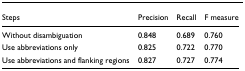
<table><thead><tr><td><b>Steps</b></td><td><b>Precision</b></td><td><b>Recall</b></td><td><b>F measure</b></td></tr></thead><tbody><tr><td>Without disambiguation</td><td>0.848</td><td>0.689</td><td>0.760</td></tr><tr><td>Use abbreviations only</td><td>0.825</td><td>0.722</td><td>0.770</td></tr><tr><td>Use abbreviations and flanking regions</td><td>0.827</td><td>0.727</td><td>0.774</td></tr></tbody></table>